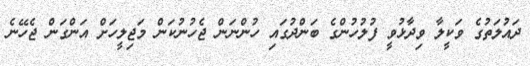
ދައުލަތުގެ ވަކީލާ ވިދާޅުވީ ފުލުހުންގެ ބަންދުގައި ހުންނަން ޖެހުނުކަން މަޖިލީހަށް އަންގަން ޖެހޭނެ